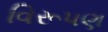
વિરૂપણ